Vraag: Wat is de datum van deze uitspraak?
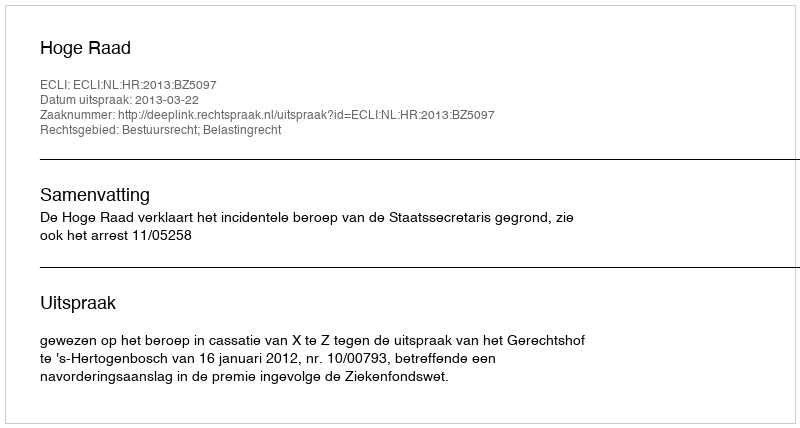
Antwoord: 2013-03-22